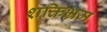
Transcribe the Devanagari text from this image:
शक्तिभ्रम